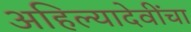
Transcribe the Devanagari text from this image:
अहिल्यादेवींचा